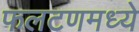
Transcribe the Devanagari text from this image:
फलटणमध्ये